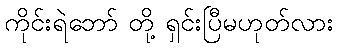
ကိုင်းရဲဘော် တို့ ရှင်းပြီမဟုတ်လား